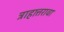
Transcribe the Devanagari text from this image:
त्राहात्तरावा